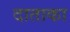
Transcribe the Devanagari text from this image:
दाताका